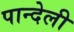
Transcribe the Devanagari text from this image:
पान्देली